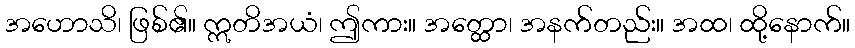
အဟောသိ၊ ဖြစ်၏။ ဣတိအယံ၊ ဤကား။ အတ္ထော၊ အနက်တည်း။ အထ၊ ထို့နောက်။